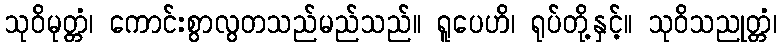
သုဝိမုတ္တံ၊ ကောင်းစွာလွတသည်မည်သည်။ ရူပေဟိ၊ ရုပ်တို့နှင့်။ သုဝိသညုတ္တံ၊